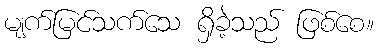
မျက်မြင်သက်သေ ရှိခဲ့သည် ဖြစ်စေ။